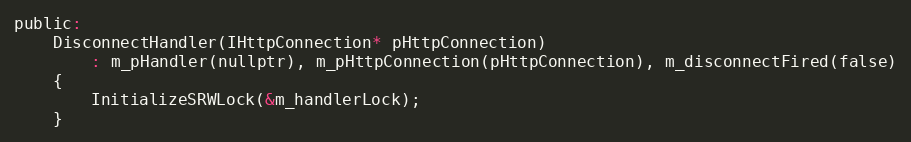
Language: C
public:
    DisconnectHandler(IHttpConnection* pHttpConnection)
        : m_pHandler(nullptr), m_pHttpConnection(pHttpConnection), m_disconnectFired(false)
    {
        InitializeSRWLock(&m_handlerLock);
    }